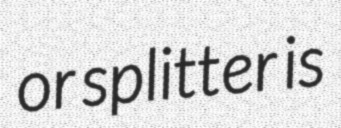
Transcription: or splitter is